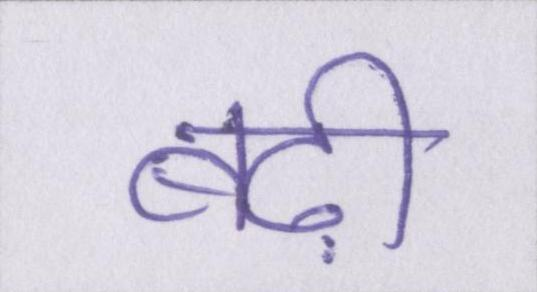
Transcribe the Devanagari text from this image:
बढ़ी